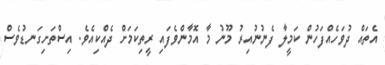
އެތައް ދުވަހެއްފަހުން ކަމީލާ ފެނުނުއިރު މޫނު މާ އޮމާންވެފައި ރީތިކަމަށް ދެއްކިއެވެ. އިސްތަށިގަނޑުވެސް